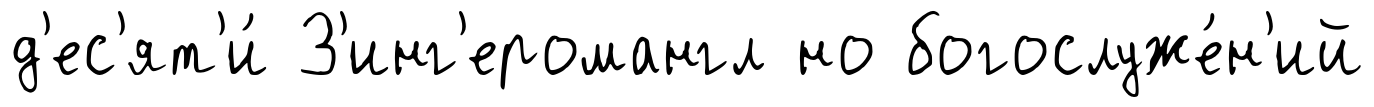
д'ес'ят'и́ З'инг'еромангл но богослуже́н'ий